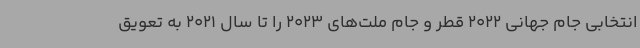
انتخابی جام جهانی 2022 قطر و جام ملت‌های 2023 را تا سال 2021 به تعویق